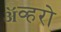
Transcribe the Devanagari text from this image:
ॲव्हरो